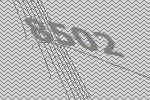
8502